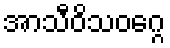
အာသီဝိသဝဂ္ဂေ